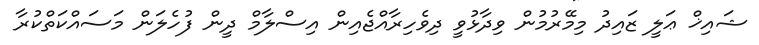
ޝައިޚް ޢަލީ ޒައިދު މިމޭރުމުން ވިދާޅުވީ ދިވެހިރާއްޖެއިން އިސްލާމް ދީން ފުހެލަން މަސައްކަތްކުރާ